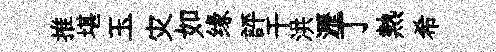
推堪玉灾如缘評干洪瀝丁熱希